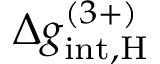
\Delta g _ { \mathrm { i n t , \mathrm { H } } } ^ { ( 3 + ) }